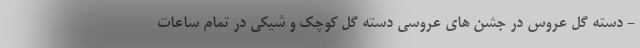
- دسته گل عروس در جشن های عروسی دسته گل کوچک و شیکی در تمام ساعات